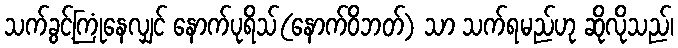
သက်ခွင့်ကြုံနေလျှင် နောက်ပုရိသ်(နောက်ဝိဘတ်) သာ သက်ရမည်ဟု ဆိုလိုသည်၊